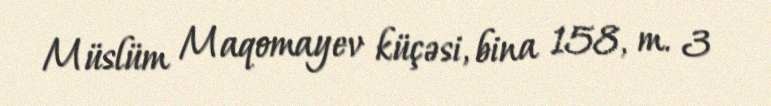
Müslüm Maqomayev küçəsi, bina 158, m. 3